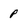
Character: p